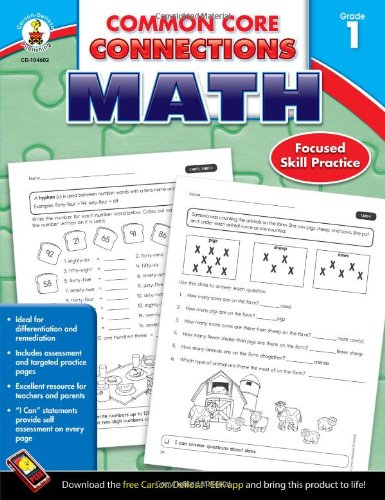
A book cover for Common Core Connections Math, Grade 1; Education & Teaching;